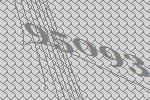
95093